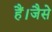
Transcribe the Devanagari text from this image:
हैं।जैसे